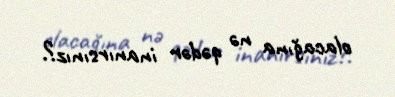
olacağına nə qədər inanırsınız?.